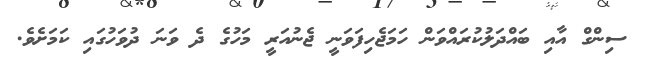
ސިންގް އާއި ބައްދަލުކުރައްވަން ހަމަޖެހިފަވަނީ ޖެނުއަރީ މަހުގެ ދެ ވަނަ ދުވަހުގައި ކަމަށެވެ.